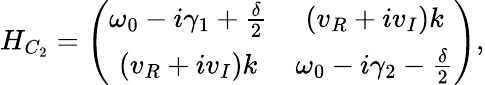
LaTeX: H_{C_{2}}=\left(\begin{array}{cc}{\omega_{0}-\textit{i}\gamma_{1}+\frac{\delta}{2}}&{(v_{R}+\textit{i}v_{I})k}\\ {(v_{R}+\textit{i}v_{I})k}&{\omega_{0}-\textit{i}\gamma_{2}-\frac{\delta}{2}}\end{array}\right),